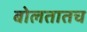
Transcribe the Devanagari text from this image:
बोलतातच